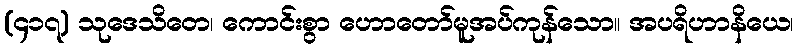
(၄၁၇) သုဒေသိတေ၊ ကောင်းစွာ ဟောတော်မူအပ်ကုန်သော။ အပရိဟာနိယေ၊